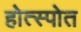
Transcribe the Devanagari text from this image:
होत्स्पोत